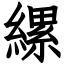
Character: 縲